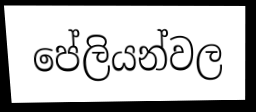
පේලියන්වල